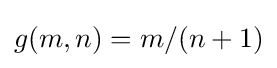
g(m,n)=m/(n+1)